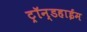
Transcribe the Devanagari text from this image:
ट्रॉन्डहाईम